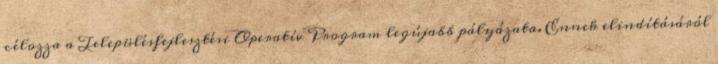
célozza a Településfejlesztési Operatív Program legújabb pályázata. Ennek elindításáról